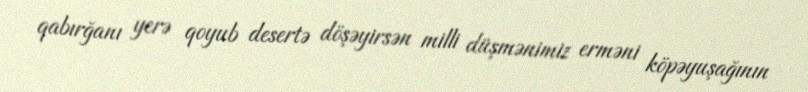
qabırğanı yerə qoyub desertə döşəyirsən milli düşmənimiz erməni köpəyuşağının